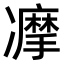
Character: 𠘚